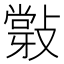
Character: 𢿦